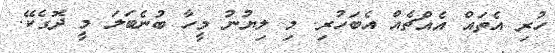
ހުރި އެތައް އެއްޗެއް އެބަހުރި. މި ލިޔުނު މީހާ ބުނެބަލަ މީ ދޮގެކޭ.